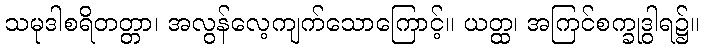
သမုဒါစရိတတ္တာ၊ အလွန်လေ့ကျက်သောကြောင့်။ ယတ္ထ၊ အကြင်စက္ခုဒွါရ၌။